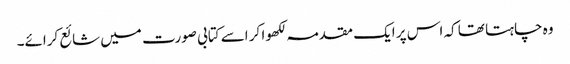
وہ چاہتا تھا کہ اس پر ایک مقدمہ لکھوا کر اسے کتابی صورت میں شائع کرائے۔